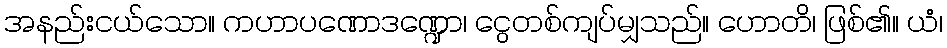
အနည်းငယ်သော။ ကဟာပဏောဒဏ္ဍော၊ ငွေတစ်ကျပ်မျှသည်။ ဟောတိ၊ ဖြစ်၏။ ယံ၊